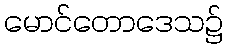
မောင်တောဒေသ၌